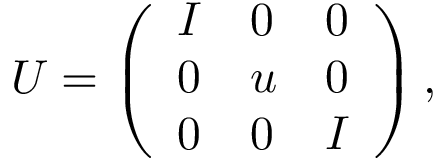
\begin{array} { r } { \boldsymbol { { U } } = \left( \begin{array} { l l l } { \boldsymbol { I } } & { \boldsymbol { 0 } } & { \boldsymbol { 0 } } \\ { \boldsymbol { 0 } } & { \boldsymbol { u } } & { \boldsymbol { 0 } } \\ { \boldsymbol { 0 } } & { \boldsymbol { 0 } } & { \boldsymbol { I } } \end{array} \right) , } \end{array}